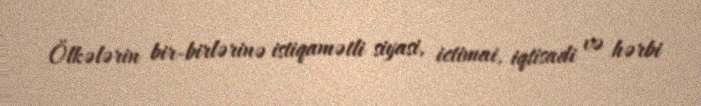
Ölkələrin bir-birlərinə istiqamətli siyasi, ictimai, iqtisadi və hərbi